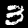
Label: 3